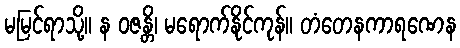
မမြင်ရာသို့။ န ဝဇန္တိ၊ မရောက်နိုင်ကုန်။ တံတေနကာရဏေန